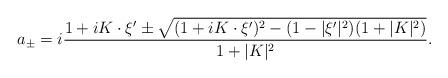
LaTeX: \begin{align*}a_{\pm} = i\frac{1+iK\cdot \xi' \pm \sqrt{(1+iK\cdot \xi')^2 - (1-|\xi'|^2)(1 +|K|^2)}}{1+|K|^2}.\end{align*}